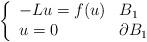
LaTeX: \begin{align*}\left\{\begin{array}{ll}-L u = f(u) & B_1 \\u = 0 & \partial B_1\end{array}\right.\end{align*}